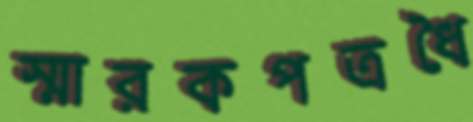
স্মারকপত্রধৈ